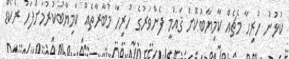
ކުޅުނު ހުރިހާ މެޗެއް ކާމިޔާބުކޮށް ޤައުމީ ފެންވަރުގެ ހުރިހާ މުބާރާތެއް ކާމިޔާބުކުރުމަށްފަހު ރެކޯޑް